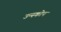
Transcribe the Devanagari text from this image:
उन्स्कोप